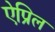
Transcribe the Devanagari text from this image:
ऐप्रिल